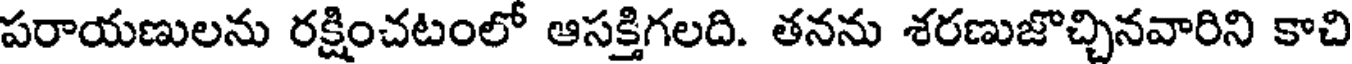
పరాయణులను రక్షించటంలో ఆసక్తిగలది. తనను శరణుజొచ్చినవారిని కాచి